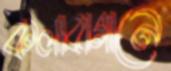
কলাবাগানে